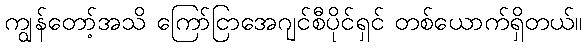
ကျွန်တော့်အသိ ကြော်ငြာအေဂျင်စီပိုင်ရှင် တစ်ယောက်ရှိတယ်။